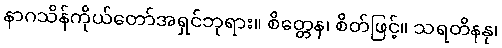
နာဂသိန်ကိုယ်တော်အရှင်ဘုရား။ စိတ္တေန၊ စိတ်ဖြင့်။ သရတိနနု၊